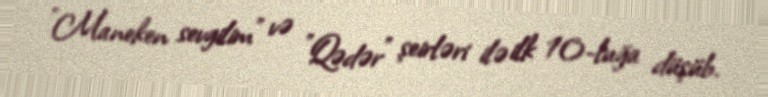
"Maneken sevgilim" və "Qədər" şeirləri ilə ilk 10-luğa düşüb.